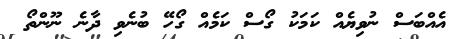
އެއްބަސް ނުވިޔެއް ކަމަކު ގޯސް ކަމެއް ގޯހޭ ބުނެވި ދާނެ ނޫންތޯ